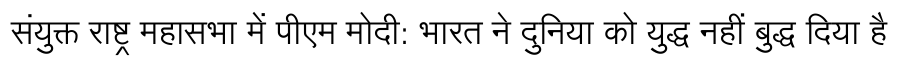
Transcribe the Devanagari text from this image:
संयुक्त राष्ट्र महासभा में पीएम मोदी: भारत ने दुनिया को युद्ध नहीं बुद्ध दिया है